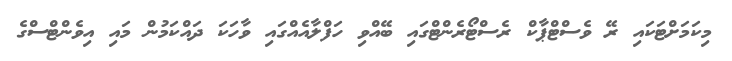
މިކަމަށްޓަކައި ރޭ ވެސްޓްޕާކް ރެސްޓޯރެންޓްގައި ބޭއްވި ހަފްލާއެއްގައި ވާހަކަ ދައްކަމުން މައި އިވެންޓްސްގެ